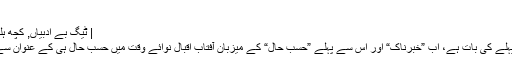
نقاب اور آفتاب
| ٹیگ بے ادبیاں, کچھ ہلکا پھلکا | تبصرے: 33
یہ کوئی دو ڈھائی سال پہلے کی بات ہے، اب ”خبرناک“ اور اس سے پہلے ”حسب حال“ کے میزبان آفتاب اقبال نوائے وقت میں حسب حال ہی کے عنوان سے کالم لکھا کرتے تھے۔